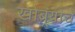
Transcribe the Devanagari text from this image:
खोबर्‍याचे